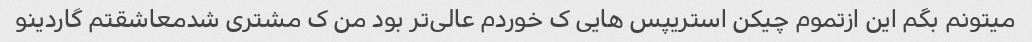
میتونم بگم این ازتموم چیکن استریپس هایی ک خوردم عالی‌تر بود من ک مشتری شدمعاشقتم گاردینو